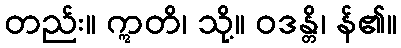
တည်း။ ဣတိ၊ သို့။ ဝဒန္တိ၊ န်၏။